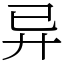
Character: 异